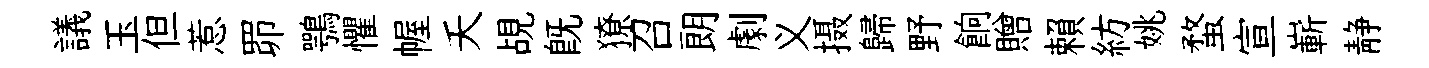
議玉但惹𦊑鶚懼幄夭覘既獠召朗劇义摄歸野餉贈賴紡姚蝥宣嶄静